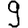
Digit: 9